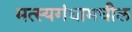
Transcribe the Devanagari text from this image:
मत्स्यगंधामधील